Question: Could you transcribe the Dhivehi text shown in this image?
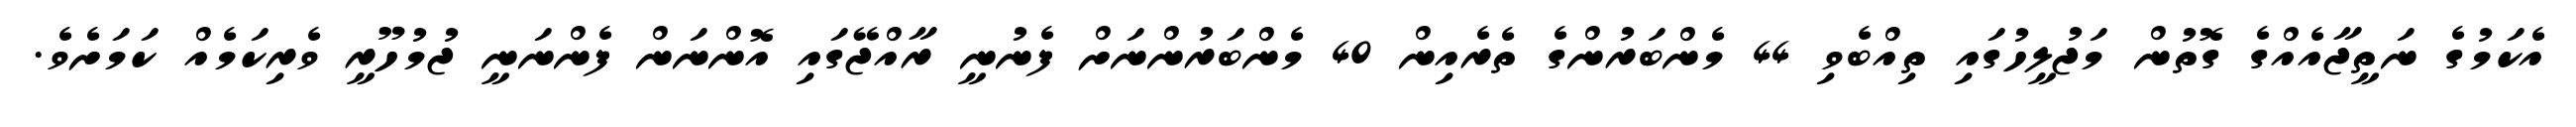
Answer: އެކަމުގެ ނަތީޖާއެއްގެ ގޮތުން މަޖުލީހުގައި ތިއްބެވި 44 މެންބަރުންގެ ތެރެއިން 40 މެންބަރުންނަށް ފެނުނީ ރާއްޖޭގައި އޮންނަން ފެންނަނީ ޖުމުހޫރީ ވެރިކަމެއް ކަމަށެވެ.